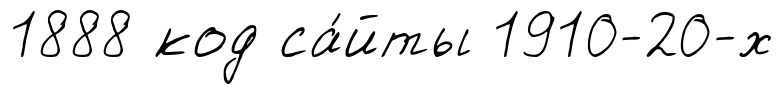
1888 код са́йты 1910-20-х